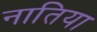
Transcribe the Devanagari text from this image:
नातिया